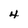
Character: 4